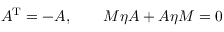
A ^ { \mathrm { T } } = - A , \qquad M \eta A + A \eta M = 0